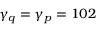
\gamma _ { q } = \gamma _ { p } = 1 0 ^ { Ḋ } 2 Ḍ